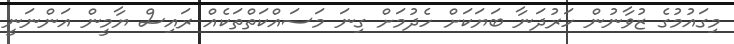
މިގައުމުގެ ޒުވާނުން ހަރުދަނާ ބަޔަކަށް ހެދުމަށް ގިނަ މަސައްކަތްތަކެއް ރައިސް ޔާމީން އަންނަނީ